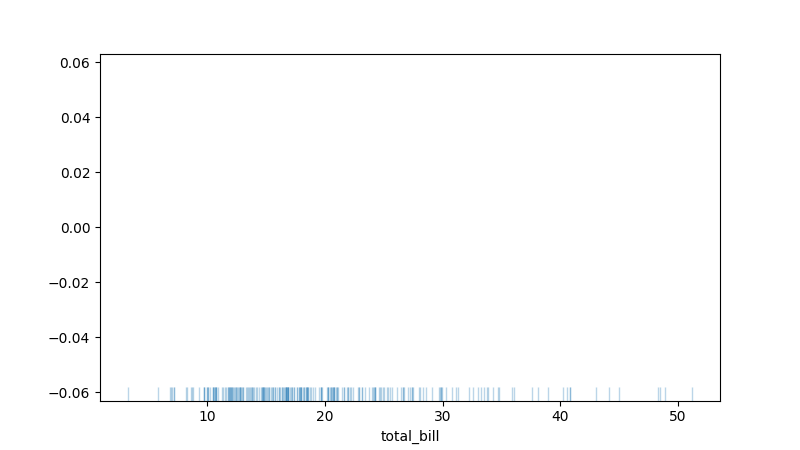
python, seaborn, rugplot, height=0.04, axis='x', alpha=0.3